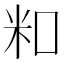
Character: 𬖏